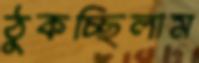
ঠুকচ্ছিলাম